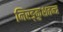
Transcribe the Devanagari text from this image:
निरङ्कुशतन्त्र